Leaving Certificate Examination, 1913
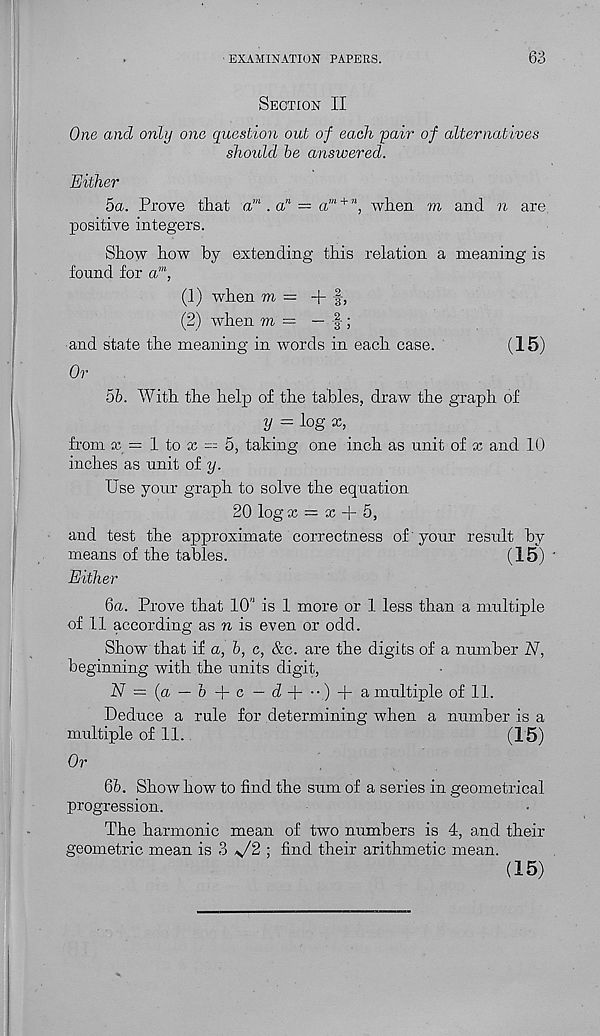
EXAMINATION PAPERS.
63
Section II
One and only one question out of each pair of alternatives
should be answered.
Either
5a. Prove that a m .a' , = a m + n , when m and n are.
positive integers.
Show how by extending this relation a meaning is
found for a m ,
(1) when m = + f,
(2) when m = — f-;
and state the meaning in words in each case.
(15)
Or
5b. With the help of the tables, draw the graph of
y = log x,
from x = 1 to x == 5, taking one inch as unit of x and 10
inches as unit of y.
Use your graph to solve the equation
20 log x = x + 5,
and test the approximate correctness of' your result by
means of the tables.
(15)
Either
6a. Prove that lO” is 1 more or 1 less than a multiple
of 11 according as n is even or odd.
Show that if a, b, c, &c. are the digits of a number N,
beginning with the units digit,
N = (a — b + c - d +•■)+ a multiple of 11.
Deduce a rule for determining when a number is a
multiple of 11.
(15)
Or
6b. Show how to find the sum of a series in geometrical
progression.
The harmonic mean of two numbers is 4, and their
geometric mean is 3 s/2 ; find their arithmetic mean.
(15)